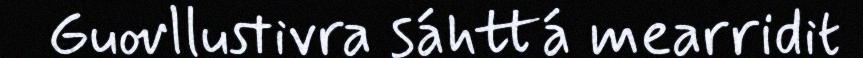
Guovllustivra sáhttá mearridit